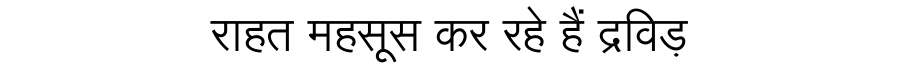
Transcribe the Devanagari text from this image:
राहत महसूस कर रहे हैं द्रविड़